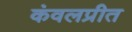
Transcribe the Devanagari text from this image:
कंवलप्रीत